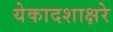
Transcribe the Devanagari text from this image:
येकादशाक्षरे